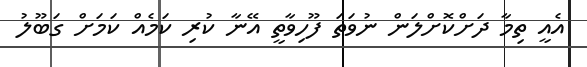
އެއީ ތިމާ ދަށްކޮށްލަން ނުވަތަ ފޫހިވާތީ އޭނާ ކުރި ކަމެއް ކަމަށް ގަބޫލު